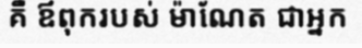
គឺ ឪពុករបស់ ម៉ាណែត ជាអ្នក